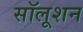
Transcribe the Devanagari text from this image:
सॉलूशन